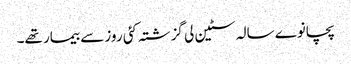
پچانوے سالہ سٹین لی گزشتہ کئی روز سے بیمار تھے۔